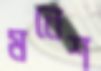
মনেশ